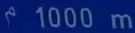
1000m